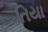
તિયા